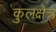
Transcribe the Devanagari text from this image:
कुलक्षेत्र